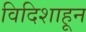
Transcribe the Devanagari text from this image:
विदिशाहून